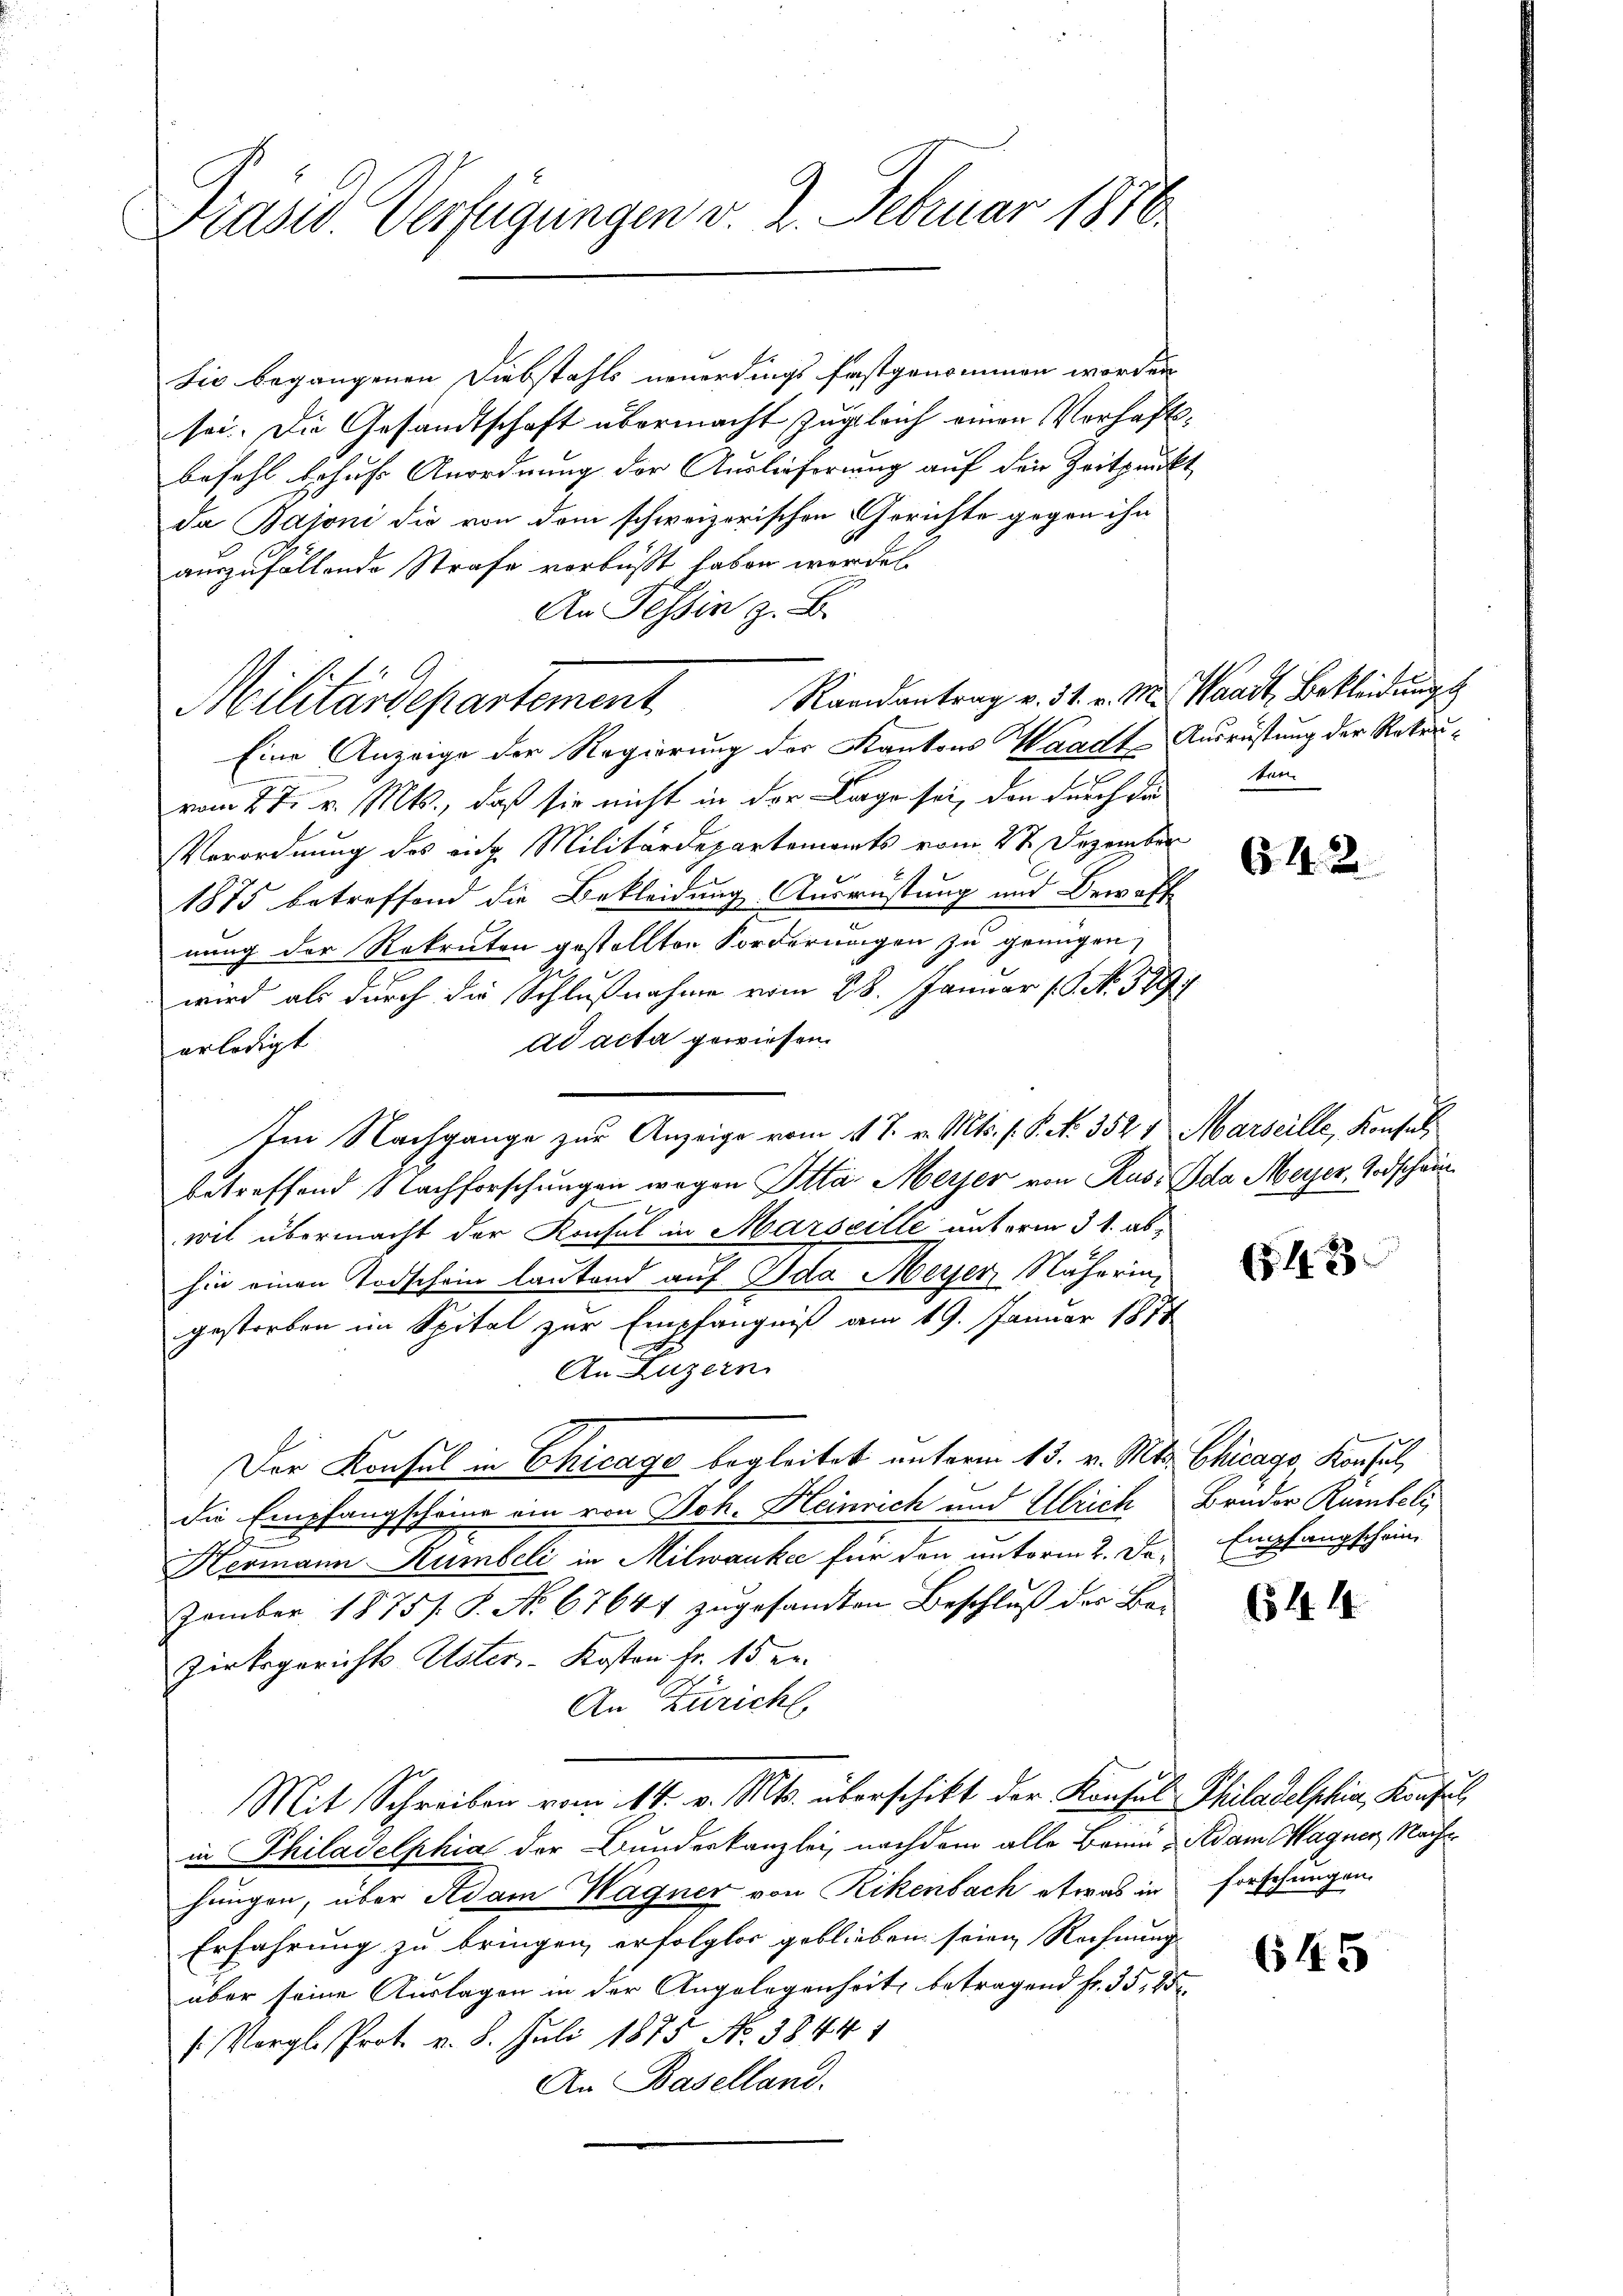
Präsid. Verfügungen v. 2. Februar 1876.

Militärdepartement,

Sie begangenen Diebstahls neuerdings festgenommen worden
sei. Die Gesandtschaft übermacht zugleich einen Vorhaftsbefehl behufs Anordnung der Auslieferung auf den Zeitpunkt
da Baroni die von dem schweizerischen Gerichte gegen ihn
auszufällende Strafe vorbüßt haben worden.
An Tessin z. B.
Raandantrag v. 31. v. M. Waadt, Bekleidung
Eine Anzeige der Regierung der Kantons Waadt, Ausrüstung der Rekruvom 27. v. Mts., daß sie nicht in der Lage sei, den durch da
Verordnung des eidg. Militärdepartements vom 27. Dezember
1875 betreffend die Bekleidung Ausrüstung und Bewaff
nung der Rekruten gestellten Forderungen zu genügen,
wird als durch die Schlußnahme vom 28. Januar 18 No. 589
ad acta gewiesen.
erledigt
Im Nachgange zur Anzeige vom 14. T. v. Mts. f. P. No. 352. Marseille, Konsul
betreffend Nachforschungen wegen Atta. Meyer von Rus, da Meyer, Todschau
wil übermacht der Konsul in Marseille unterm 31. ab-
hin einen Todschein lautend auf Ida Meyer Näherin,
gestorben im Spital zur Empfängniß am 19. Januar 1871
An Luzern
Der Konsul in Chicage begleitet unterm 15. v. Mts. Chicago Konsul,
die Empfangscheine ein von Joh. Heinrich und Ulrich Bruder Rümbeli
Hermann Kumbeli in Milwanke für den unterm 2. Der Empfangschein
zember 1875. 8. No 67644 zŭgesandten Beschlŭβ des Be-
zirksgerichts Uster-Kosten Fr. 15 er¬
An Züricht,
Mit Schreiben vom 14. v. Mts. überschikt der Konsul Philadelphin, Konsul,
in Philadelphia der Bunderkanzlei, nachdem alle Brunn - Adam Wagner, Nachhungen, über Adam Wagner von Rikenbach etwas in Forschungen,
Erfahrung zu bringen erfolglos geblieben seien Rechnung
über seine Auslagen in der Angelegenheit, betragend fr. 35, 25
s Vergl. Prot. v. 8. Juli 1875 No 38444
An Baselland.

ten

642

(§. 123

(54. 14

645